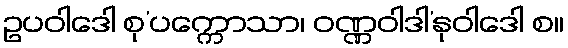
ဥပဝါဒေါ စု’ပက္ကောသာ၊ ဝဏ္ဏဝါဒါ’နုဝါဒေါ စ။